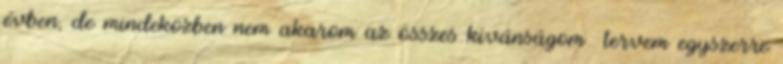
évben, de mindeközben nem akarom az összes kívánságom tervem egyszerre